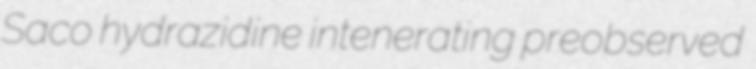
Saco hydrazidine intenerating preobserved